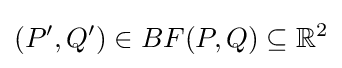
(P',Q')\in BF(P,Q)\subseteq \mathbb {R} ^{2}